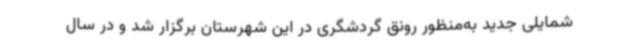
شمایلی جدید به‌منظور رونق گردشگری در این شهرستان برگزار شد و در سال